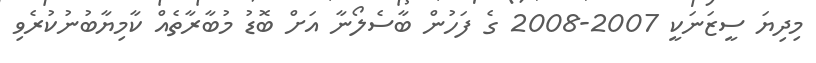
މިދިޔަ ސީޒަނަކީ 2007-2008 ގެ ފަހުން ބާސެލޯނާ އަށް ބޮޑު މުބާރާތެއް ކާމިޔާބުނުކުރެވި